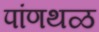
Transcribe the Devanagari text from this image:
पांणथळ